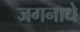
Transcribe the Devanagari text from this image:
जगनाधे